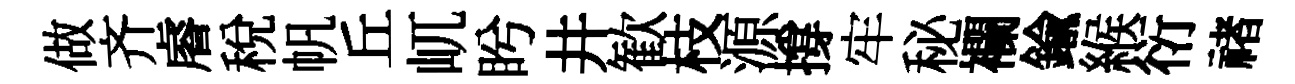
做齐𥈠税帆丘屼盻井歓枝源撐牢秘襴鍮緱衍禇